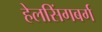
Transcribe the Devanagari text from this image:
हेलसिंगबर्ग